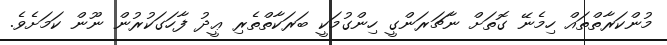
މުންކަރާތްތައް ހިމެނޭ ގޮތަށް ނާޗަރަންގީ ހިންގުމަކީ ބަރަކާތްތެރި ޢީދު ފާހަގަކުރުން ނޫން ކަމަށެވެ.